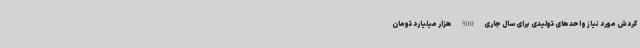
گردش مورد نیاز واحدهای تولیدی برای سال جاری 500 هزار میلیارد تومان